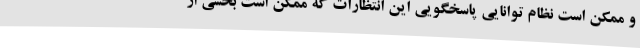
و ممکن است نظام توانایی پاسخگویی این انتظارات که ممکن است بخشی از